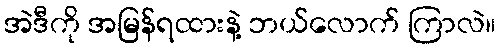
အဲဒီကို အမြန်ရထားနဲ့ ဘယ်လောက် ကြာလဲ။